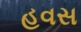
હવસ